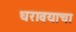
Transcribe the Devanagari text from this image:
धरावयाचा